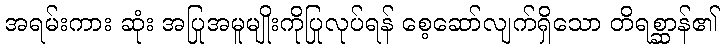
အရမ်းကား ဆုံး အပြုအမူမျိုးကိုပြုလုပ်ရန် စေ့ဆော်လျက်ရှိသော တိရစ္ဆာန်၏